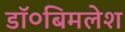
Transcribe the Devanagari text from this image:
डॉ०बिमलेश